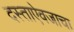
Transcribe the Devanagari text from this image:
दस्ताऐवजाचा